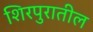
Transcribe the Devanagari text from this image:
शिरपुरातील